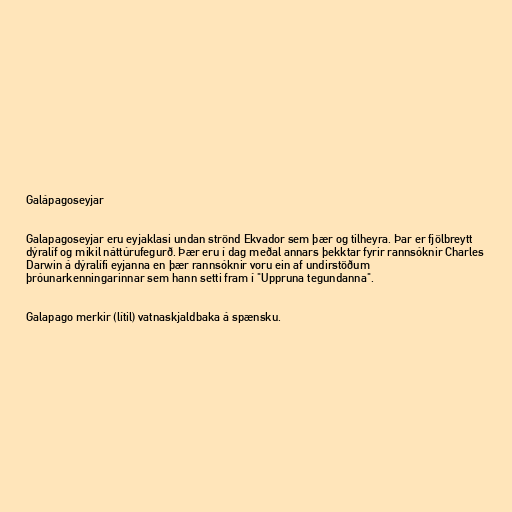
Galápagoseyjar

Galapagoseyjar eru eyjaklasi undan strönd Ekvador sem þær og tilheyra. Þar er fjölbreytt
dýralíf og mikil náttúrufegurð. Þær eru í dag meðal annars þekktar fyrir rannsóknir Charles
Darwin á dýralífi eyjanna en þær rannsóknir voru ein af undirstöðum
þróunarkenningarinnar sem hann setti fram í "Uppruna tegundanna".

Galapago merkir (lítil) vatnaskjaldbaka á spænsku.